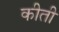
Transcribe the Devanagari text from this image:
कीती